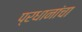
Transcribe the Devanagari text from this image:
प्रधानांचा